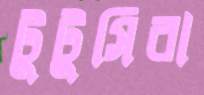
টুটুসিরা